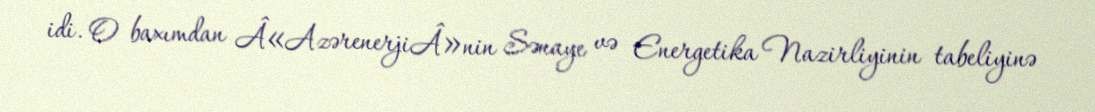
idi. O baxımdan Â«AzərenerjiÂ»nin Sənaye və Energetika Nazirliyinin tabeliyinə